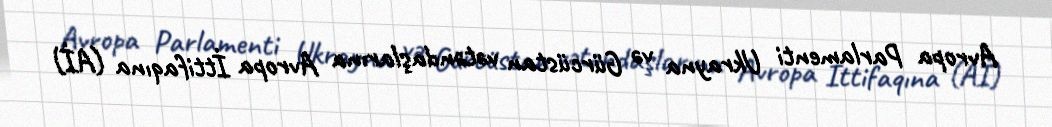
Avropa Parlamenti Ukrayna və Gürcüstan vətəndaşlarına Avropa İttifaqına (Aİ)